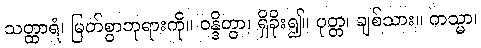
သတ္ထာရံ၊ မြတ်စွာဘုရားကို။ ဝန္ဒိတွာ၊ ရှိခိုး၍။ ပုတ္တ၊ ချစ်သား။ ကသ္မာ၊